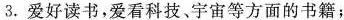
3. 爱好读书，爱看科技。宇宙等方面的书籍；